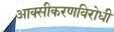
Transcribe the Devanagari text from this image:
आक्सीकरणविरोधी